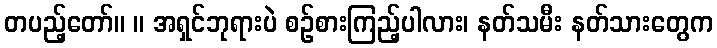
တပည့်တော်။ ။ အရှင်ဘုရားပဲ စဉ်စားကြည့်ပါလား၊ နတ်သမီး နတ်သားတွေက